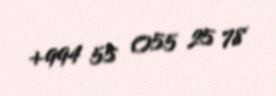
+994 55 055 25 78